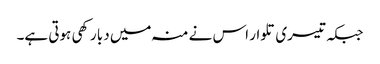
جبکہ تیسری تلوار اس نے منہ میں دبا رکھی ہوتی ہے۔